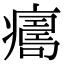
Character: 𤺜